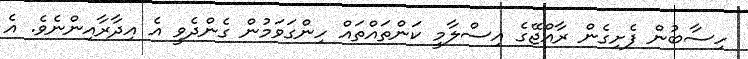
ހިސާބުން ފެށިގެން ރާއްޖޭގެ އިސްލާމީ ކަންތައްތައް ހިންގަވަމުން ގެންދެވީ އެ އިދާރާއިންނެވެ. އެ